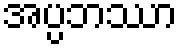
အပ္ပဘဿာ